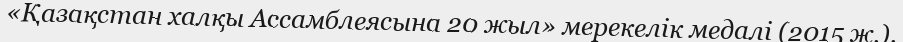
«Қазақстан халқы Ассамблеясына 20 жыл» мерекелік медалі (2015 ж.).